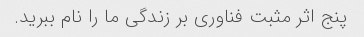
پنج اثر مثبت فناوری بر زندگی ما را نام ببرید.